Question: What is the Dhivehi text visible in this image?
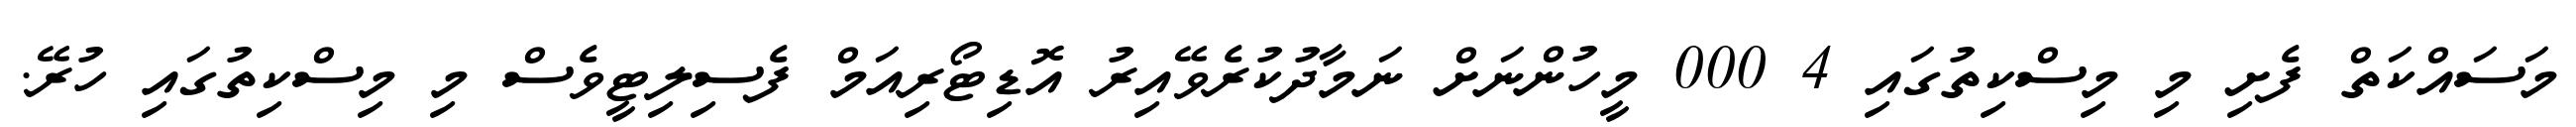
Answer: މަސައްކަތް ފެށި މި މިސްކިތުގައި 4 000 މީހުންނަށް ނަމާދުކުރެވޭއިރު އޮޑިޓޯރިއަމް ފެސިލިޓީވެސް މި މިސްކިތުގައި ހުރޭ.